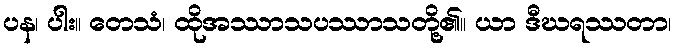
ပန၊ ပါး။ တေသံ၊ ထိုအဿာသပဿာသတို့၏။ ယာ ဒီဃရဿတာ၊